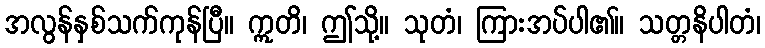
အလွန်နှစ်သက်ကုန်ပြီ။ ဣတိ၊ ဤသို့။ သုတံ၊ ကြားအပ်ပါ၏။ သတ္တနိပါတံ၊